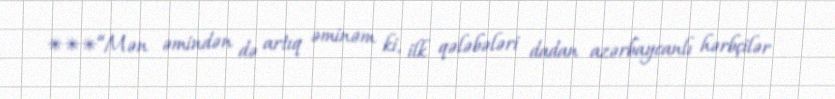
***“Mən əmindən də artıq əminəm ki, ilk qələbələri dadan azərbaycanlı hərbçilər